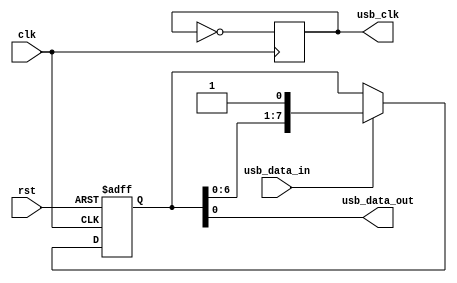
module usb_controller (
    input wire clk,
    input wire rst,
    input wire usb_data_in,
    output wire usb_data_out,
    output wire usb_clk
);

reg [7:0] data_buffer; // Data buffer for storing incoming USB data
reg usb_clk_sync; // Synchronized USB clock signal

// Timing control logic
always @(posedge clk or posedge rst) begin
    if (rst) begin
        data_buffer <= 8'h00;
    end else begin
        if (usb_data_in) begin
            data_buffer <= {data_buffer[6:0], usb_data_in};
        end
    end
end

// Synchronization logic
always @(posedge clk) begin
    usb_clk_sync <= ~usb_clk_sync;
end

// Assign outputs
assign usb_data_out = data_buffer[7:0];
assign usb_clk = usb_clk_sync;

endmodule